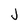
Character: J